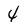
Character: 4